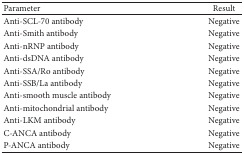
<table><thead><tr><td><b>Parameter</b></td><td><b>Result</b></td></tr></thead><tbody><tr><td>Anti-SCL-70 antibody</td><td>Negative</td></tr><tr><td>Anti-Smith antibody</td><td>Negative</td></tr><tr><td>Anti-nRNP antibody</td><td>Negative</td></tr><tr><td>Anti-dsDNA antibody</td><td>Negative</td></tr><tr><td>Anti-SSA/Ro antibody</td><td>Negative</td></tr><tr><td>Anti-SSB/La antibody</td><td>Negative</td></tr><tr><td>Anti-smooth muscle antibody</td><td>Negative</td></tr><tr><td>Anti-mitochondrial antibody</td><td>Negative</td></tr><tr><td>Anti-LKM antibody</td><td>Negative</td></tr><tr><td>C-ANCA antibody</td><td>Negative</td></tr><tr><td>P-ANCA antibody</td><td>Negative</td></tr></tbody></table>